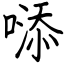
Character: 𠻹